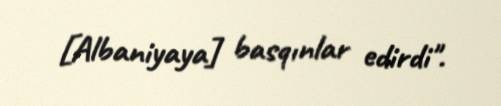
[Albaniyaya] basqınlar edirdi".